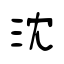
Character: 沈